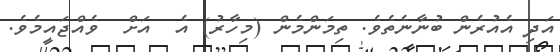
އަދި އެއުރެން ބުނާނެތެވެ. ތިމަންމެން (މިހާރު) އެ  އަށް  ވެއްޖައީމެވެ.